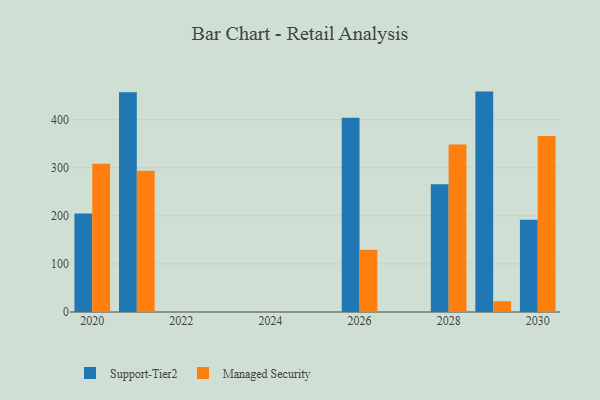
{"axis": {"x": "Year", "y": "Gross Profit (USD K)"}, "legend": ["Managed Security", "Support-Tier2"], "data": [{"x": "2028", "y": 265.9, "type": "Support-Tier2"}, {"x": "2028", "y": 348.5, "type": "Managed Security"}, {"x": "2026", "y": 404.0, "type": "Support-Tier2"}, {"x": "2026", "y": 129.6, "type": "Managed Security"}, {"x": "2030", "y": 191.7, "type": "Support-Tier2"}, {"x": "2030", "y": 366.4, "type": "Managed Security"}, {"x": "2020", "y": 204.9, "type": "Support-Tier2"}, {"x": "2020", "y": 308.3, "type": "Managed Security"}, {"x": "2029", "y": 458.6, "type": "Support-Tier2"}, {"x": "2029", "y": 22.4, "type": "Managed Security"}, {"x": "2021", "y": 457.1, "type": "Support-Tier2"}, {"x": "2021", "y": 293.9, "type": "Managed Security"}]}